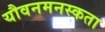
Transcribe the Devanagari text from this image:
यौवनमनस्कता